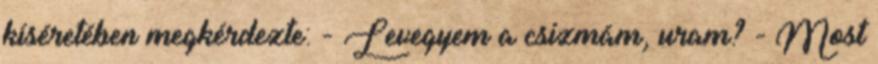
kíséretében megkérdezte: - Levegyem a csizmám, uram? - Most